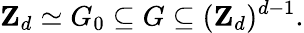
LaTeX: {\mathbf Z}_{d}\simeq G_{0}\subseteq G\subseteq({\mathbf Z}_{d})^{d-1}.